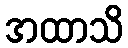
အထာသိ